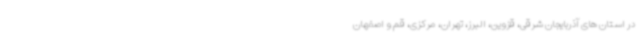
در استان های آذربایجان شرقی، قزوین، البرز، تهران، مرکزی، قم و اصفهان